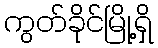
ကွတ်ခိုင်မြို့ရှိ